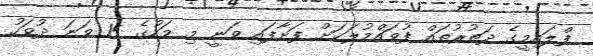
ފްލައިމީގެ ދަތުރުތައް ފުވައްމުލަކަށް ފަށާފައި ވަނީ މި މަހުގެ 15 ވަނަ ދުވަހު